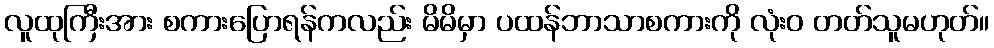
လူထုကြီးအား စကားပြောရန်ကလည်း မိမိမှာ ပထန်ဘာသာစကားကို လုံးဝ တတ်သူမဟုတ်။